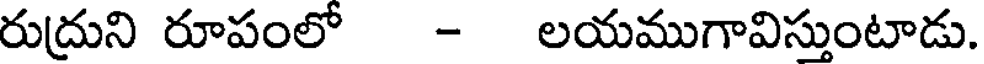
రుద్రుని రూపంలో - లయముగావిస్తుంటాడు.